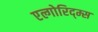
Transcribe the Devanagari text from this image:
एल्गोरिद्म्स